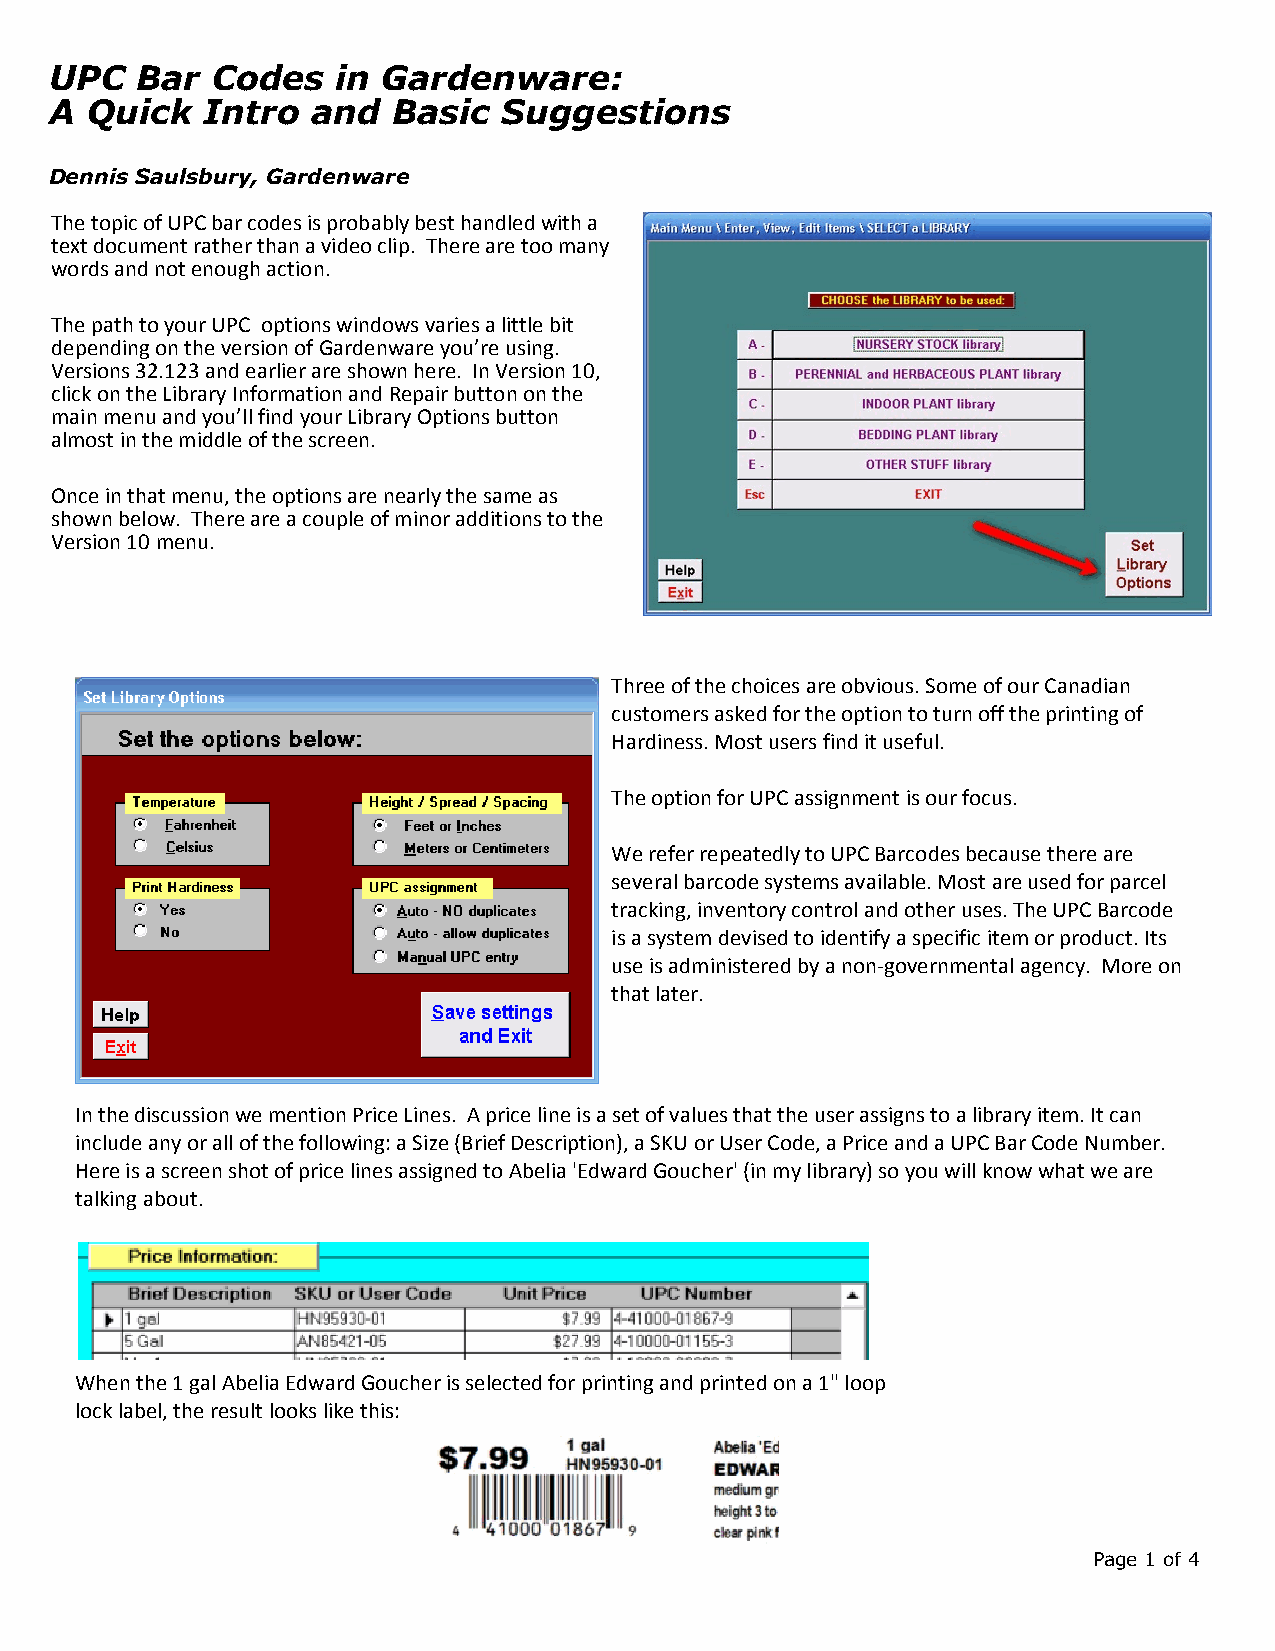
UPC   Bar  Codes   in Gardenware:
 A  Quick  Intro   and  Basic  Suggestions
 Dennis Saulsbury, Gardenware
 The topic of UPC bar codes is probably best handled with a
 text document rather than a video clip. There are too many
 words and not enough action.
 The path to your UPC options windows varies a little bit
 depending on the version of Gardenware you’re using.
 Versions 32.123 and earlier are shown here. In Version 10,
 click on the Library Information and Repair button on the
 main menu and you’ll find your Library Options button
 almost in the middle of the screen.
 Once in that menu, the options are nearly the same as
 shown below. There are a couple of minor additions to the
 Version 10 menu.
 Three of the choices are obvious. Some of our Canadian
 customers asked for the option to turn off the printing of
 Hardiness. Most users find it useful.
 The option for UPC assignment is our focus.
 We refer repeatedly to UPC Barcodes because there are
 several barcode systems available. Most are used for parcel
 tracking, inventory control and other uses. The UPC Barcode
 is a system devised to identify a specific item or product. Its
 use is administered by a non-governmental agency. More on
 that later.
 In the discussion we mention Price Lines. A price line is a set of values that the user assigns to a library item. It can
 include any or all of the following: a Size (Brief Description), a SKU or User Code, a Price and a UPC Bar Code Number.
 Here is a screen shot of price lines assigned to Abelia 'Edward Goucher' (in my library) so you will know what we are
 talking about.
 When the 1 gal Abelia Edward Goucher is selected for printing and printed on a 1" loop
 lock label, the result looks like this:
 Page 1 of 4